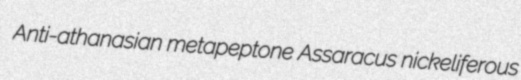
Anti-athanasian metapeptone Assaracus nickeliferous